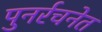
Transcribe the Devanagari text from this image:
पुनर्रचनेत